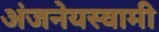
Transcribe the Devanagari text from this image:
अंजनेयस्‍वामी